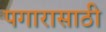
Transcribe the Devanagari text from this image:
पगारासाठी